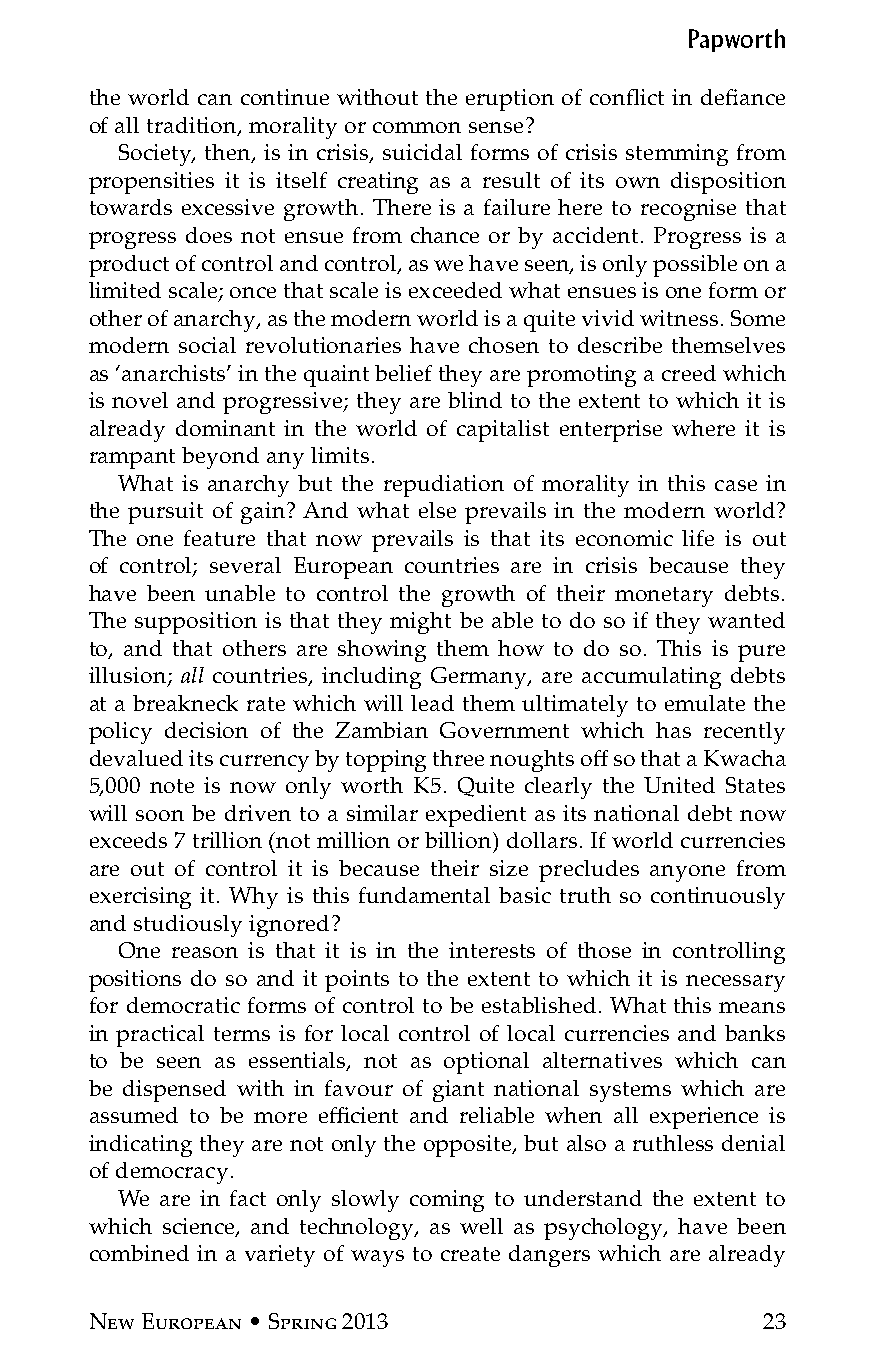
Papworth
 the world can continue without the eruption of conflict in defiance
 of all tradition, morality or common sense?
 Society, then, is in crisis, suicidal forms of crisis stemming from
 propensities it is itself creating as a result of its own disposition
 towards excessive growth. There is a failure here to recognise that
 progress does not ensue from chance or by accident. Progress is a
 product of control and control, as we have seen, is only possible on a
 limited scale; once that scale is exceeded what ensues is one form or
 other of anarchy, as the modern world is a quite vivid witness. Some
 modern social revolutionaries have chosen to describe themselves
 as ‘anarchists’ in the quaint belief they are promoting a creed which
 is novel and progressive; they are blind to the extent to which it is
 already dominant in the world of capitalist enterprise where it is
 rampant beyond any limits.
 What is anarchy but the repudiation of morality in this case in
 the pursuit of gain? And what else prevails in the modern world?
 The one feature that now prevails is that its economic life is out
 of control; several European countries are in crisis because they
 have been unable to control the growth of their monetary debts.
 The supposition is that they might be able to do so if they wanted
 to, and that others are showing them how to do so. This is pure
 illusion; all countries, including Germany, are accumulating debts
 at a breakneck rate which will lead them ultimately to emulate the
 policy decision of the Zambian Government which has recently
 devalued its currency by topping three noughts off so that a Kwacha
 5,000 note is now only worth K5. Quite clearly the United States
 will soon be driven to a similar expedient as its national debt now
 exceeds 7 trillion (not million or billion) dollars. If world currencies
 are out of control it is because their size precludes anyone from
 exercising it. Why is this fundamental basic truth so continuously
 and studiously ignored?
 One reason is that it is in the interests of those in controlling
 positions do so and it points to the extent to which it is necessary
 for democratic forms of control to be established. What this means
 in practical terms is for local control of local currencies and banks
 to be seen as essentials, not as optional alternatives which can
 be dispensed with in favour of giant national systems which are
 assumed to be more efficient and reliable when all experience is
 indicating they are not only the opposite, but also a ruthless denial
 of democracy.
 We are in fact only slowly coming to understand the extent to
 which science, and technology, as well as psychology, have been
 combined in a variety of ways to create dangers which are already
 New European • Spring 2013                  23